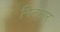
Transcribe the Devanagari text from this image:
निलमार